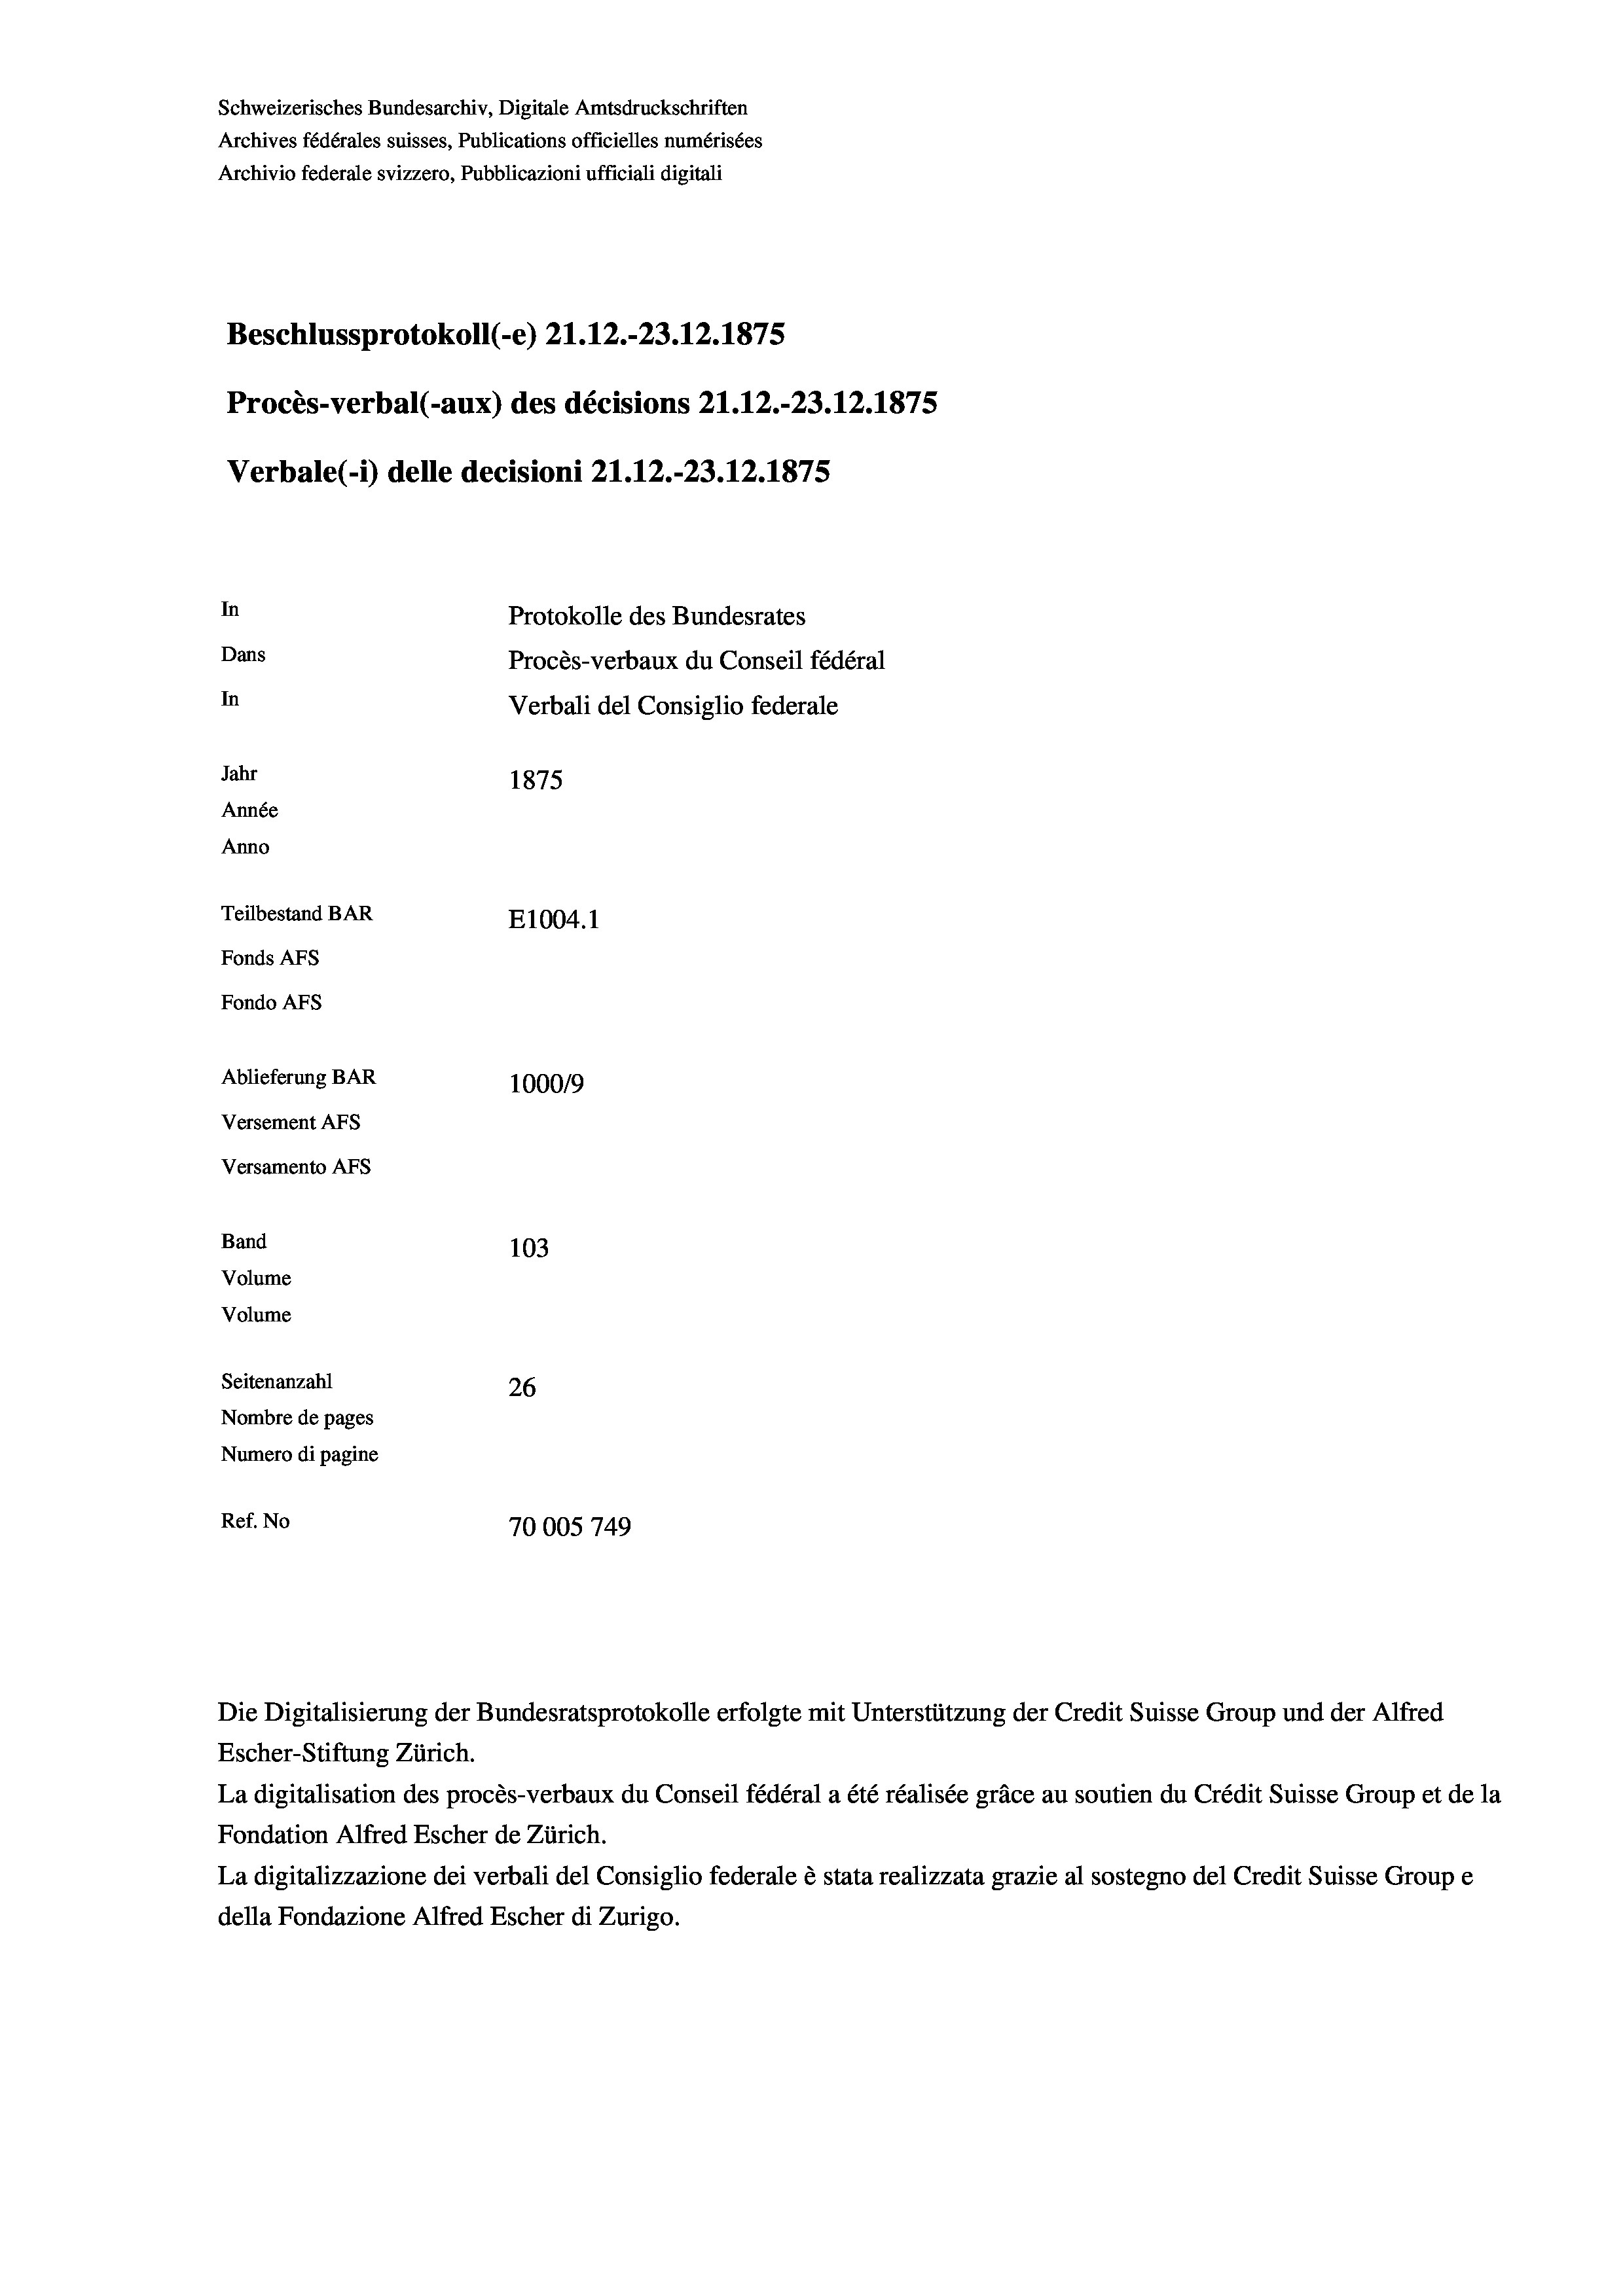
Schweizerisches Bundesarchiv, Digitale Amtsdruckschriften
Archives fédérales suisses, Publications officielles numérisées
Archivio federale svizzero, Pubblicazioni ufficiali digitali
Beschlussprotokoll (-e) 21.12.-23.12.1875
Procès-verbal (-aux) des décisions 21.12.-23.12.1875
Verbale (- 1) delle decisioni 21.12.-23.12.1875
In
Protokolle des Bundesrates
Dans
Procès-verbaux du Conseil fédéral
In
Verbali del Consiglio federale
Jahr
1875
Année
Anno
Teilbestand BAR
E1004. 1
Fonds AFs
Fondo AFS
Ablieferung BAR
100019
Versement AFs
Versamento Afs
Band
103
Volume
Volume
Seitenanzahl
26
Nombre de pages
Numero di pagine
Ref. No
70005749

Die Digitalisierung der Bundesratsprotokolle erfolgte mit Unterstützung der Credit Suisse Group und der Alfred

Escher-Stiftung Zürich.
La digitalisation des procès-verbaux du Conseil fédéral a été réalisée gräce au soutien du Crédit Suisse Group et de la
Fondation Alfred Escher de Zürich.
La digitalizzazione dei verbali del Consiglio federale è stata realizzata grazie al sostegno del Credit Suisse Groupe
della Fondazione Alfred Escher di Zurigo.